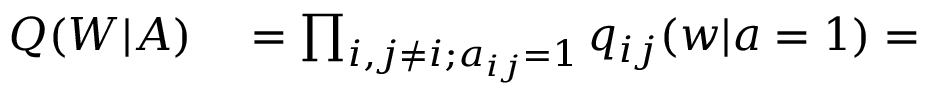
\begin{array} { r l } { Q ( W | A ) } & { { } = \prod _ { i , j \neq i ; a _ { i j } = 1 } q _ { i j } ( w | a = 1 ) = } \end{array}